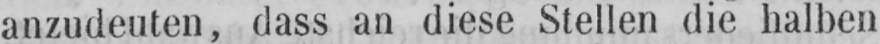
anzudeuten, dass an diese Stellen die halben